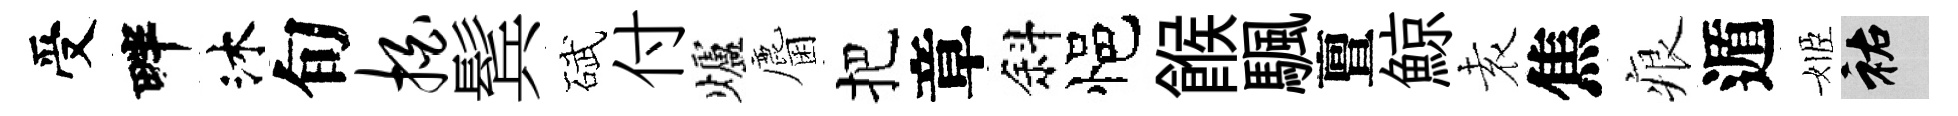
受畔沐旬拍鬂碔付爐麕把章斜悒餱颿亶鯨𡊮焦痕遁姬祐